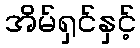
အိမ်ရှင်နှင့်